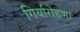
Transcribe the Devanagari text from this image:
गिर्यारोहणा